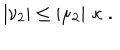
LaTeX: \left| \nu _ { 2 } \right| \leq \left| \mu _ { 2 } \right| \, \kappa \; .